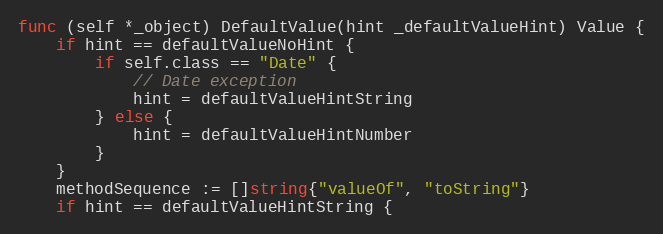
Language: Go
func (self *_object) DefaultValue(hint _defaultValueHint) Value {
	if hint == defaultValueNoHint {
		if self.class == "Date" {
			// Date exception
			hint = defaultValueHintString
		} else {
			hint = defaultValueHintNumber
		}
	}
	methodSequence := []string{"valueOf", "toString"}
	if hint == defaultValueHintString {